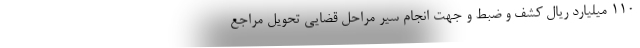
110 میلیارد ریال کشف و ضبط و جهت انجام سیر مراحل قضایی تحویل مراجع